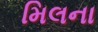
મિલના